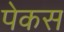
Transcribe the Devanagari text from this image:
पेकस